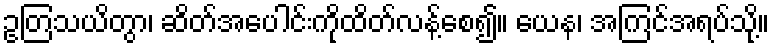
ဥတြသယိတွာ၊ ဆိတ်အပေါင်းကိုထိတ်လန့်စေ၍။ ယေန၊ အကြင်အရပ်သို့။